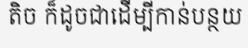
តិច ក៏ដូចជាដើម្បីកាន់បន្ថយ